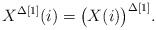
\begin{align*} X^{\Delta [1]}(i) = \big( X(i) \big)^{\Delta [1]}. \end{align*}